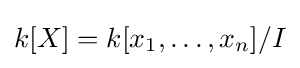
k[X]=k[x_{1},\dots ,x_{n}]/I